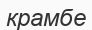
крамбе